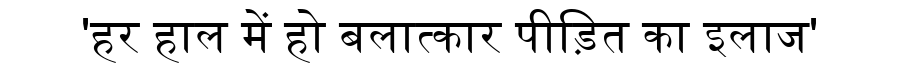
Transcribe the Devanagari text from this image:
'हर हाल में हो बलात्कार पीड़ित का इलाज'